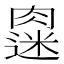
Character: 𫆭